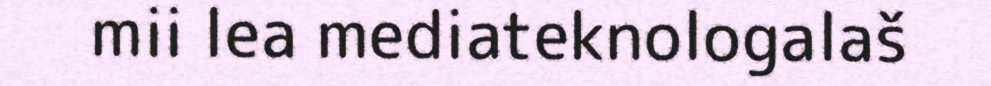
mii lea mediateknologalaš